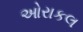
ઓરાકલ